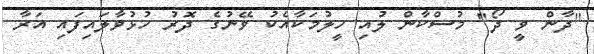
"ދާން ވީ ދޯ" މުސްކާން ލުއި ހީލުމަކާއެކު ވޭނުގެ ދޮރު ހުޅުވާލައިފައި އަރާ